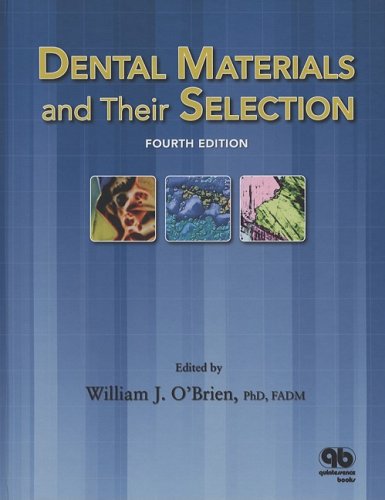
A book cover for Dental Materials and Their Selection; William J. O'Brien; Medical Books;